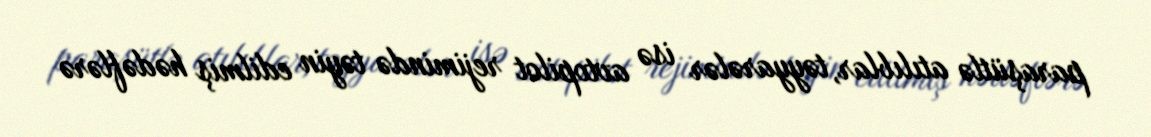
paraşütlə atılıblar, təyyarələr isə avtopilot rejimində təyin edilmiş hədəflərə